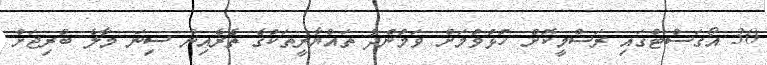
30 އޯގަސްޓްގައި ރަސްމީކޮށް ހުޅުވުމަށް ވަމުންދާ ތައްޔާރީތަކުގެ ތެރެއިން ސިނަ މާލެ ބްރިޖަށް